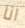
انا